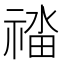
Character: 䄕